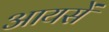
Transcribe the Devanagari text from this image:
आयसें